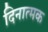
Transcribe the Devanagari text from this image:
दिनात्मक